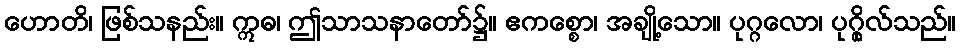
ဟောတိ၊ ဖြစ်သနည်း။ ဣဓ၊ ဤသာသနာတော်၌။ ဧကစ္စော၊ အချို့သော။ ပုဂ္ဂလော၊ ပုဂ္ဂိုလ်သည်။